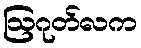
ဩဂုတ်လက